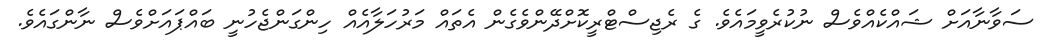
ސަވާނާއަށް ޝައްކެއްވެސް ނުކުރެވީމައެވެ. ގެ ރެޖިސްޓްރީކޮށްދޭންވެގެން އެތައް މަރުހަލާއެއް ހިންގަންޖެހުނީ ބައްޕައަށްވެސް ނާންގައެވެ.